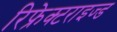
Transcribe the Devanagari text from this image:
रिफ्रेक्टराइज्ड